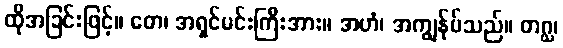
ထိုအခြင်းဖြင့်။ တေ၊ အရှင်မင်းကြီးအား။ အဟံ၊ အကျွန်ုပ်သည်။ တဂ္ဃ၊